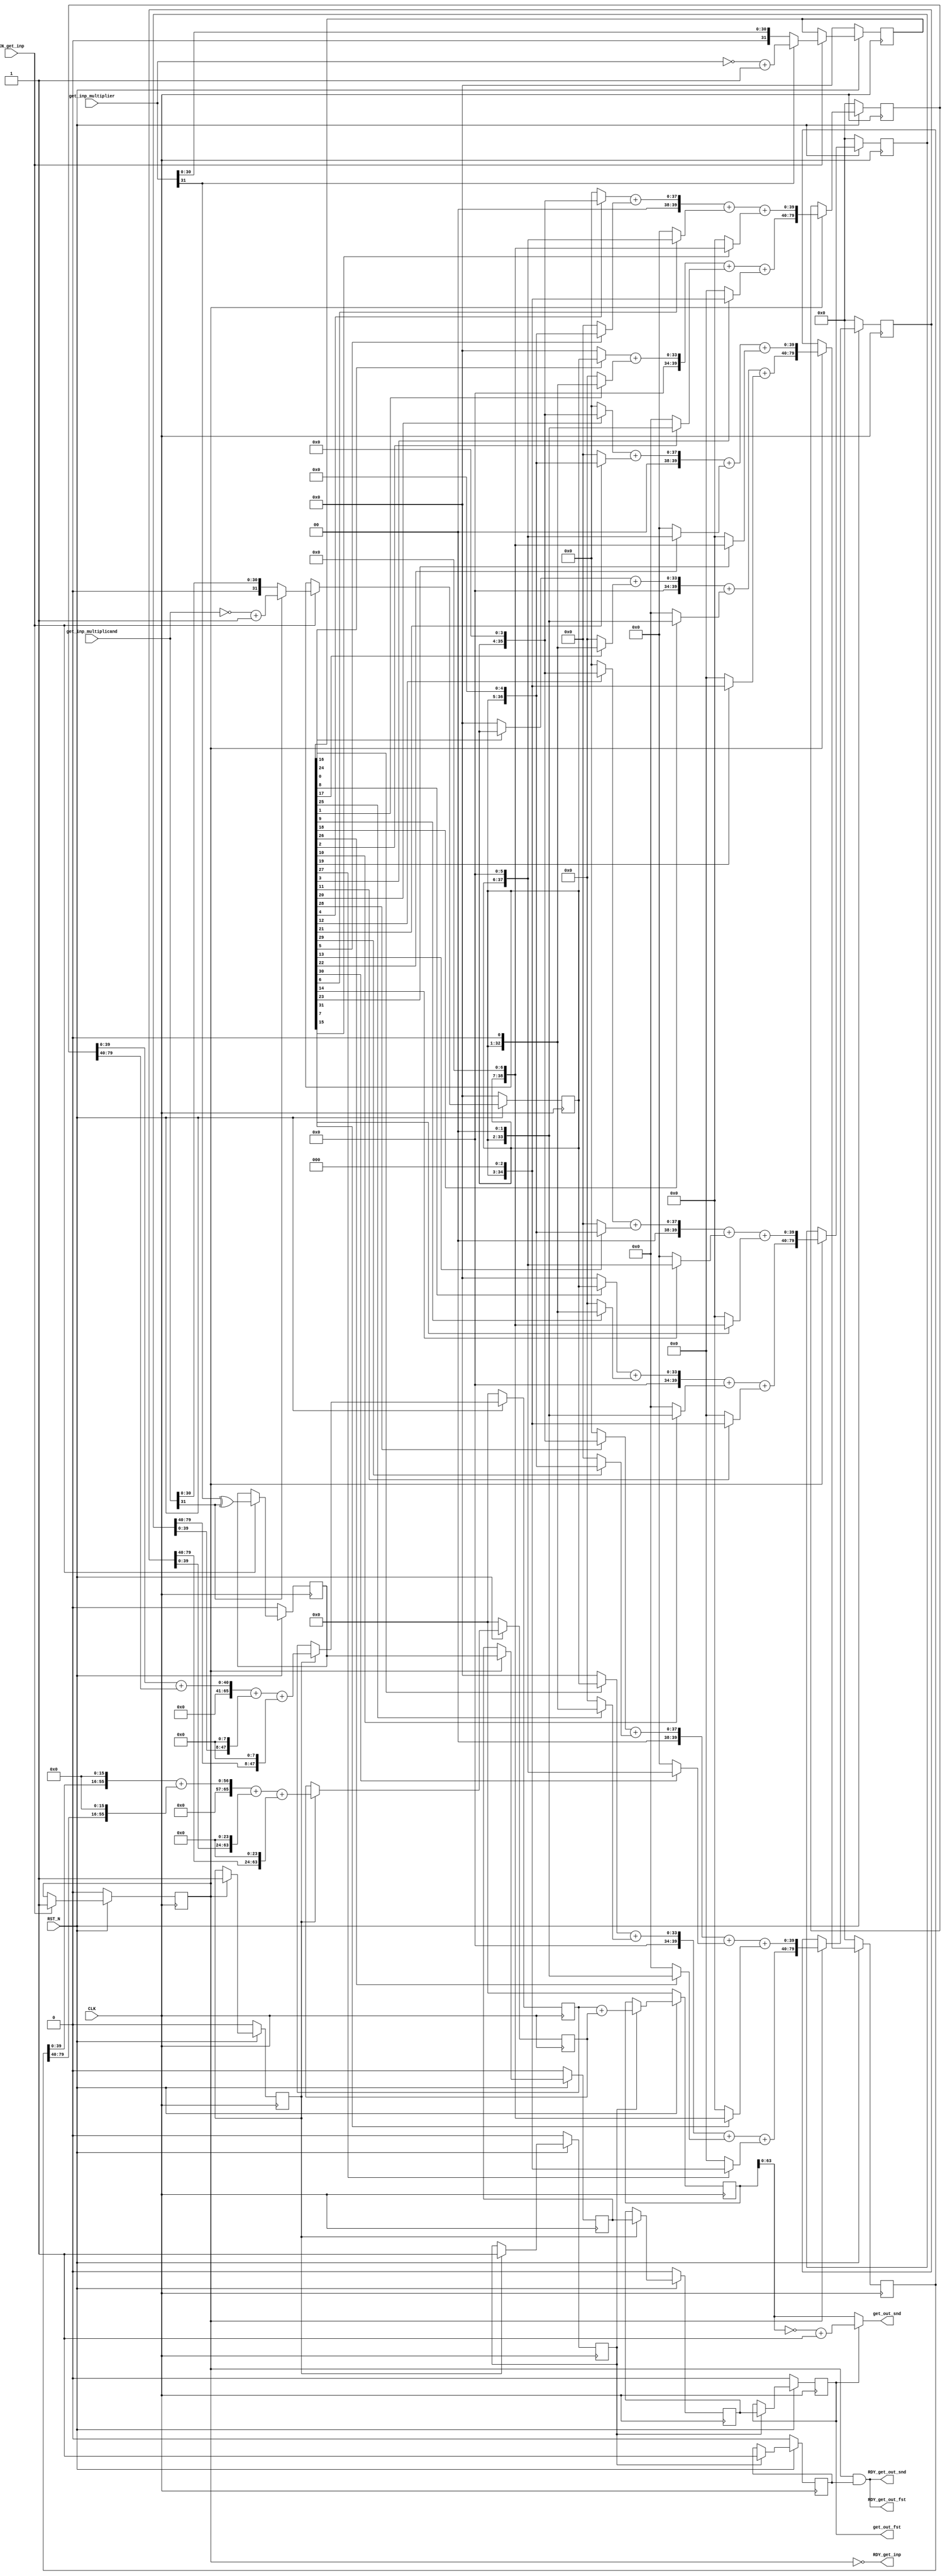
//
// Generated by Bluespec Compiler, version 2021.12.1 (build fd501401)
//
// On Fri Mar 22 11:32:22 IST 2024
//
//
// Ports:
// Name                         I/O  size props
// RDY_get_inp                    O     1
// get_out_fst                    O     1 reg
// RDY_get_out_fst                O     1
// get_out_snd                    O    64
// RDY_get_out_snd                O     1
// CLK                            I     1 clock
// RST_N                          I     1 reset
// get_inp_multiplicand           I    32
// get_inp_multiplier             I    32
// EN_get_inp                     I     1
//
// No combinational paths from inputs to outputs
//
//

`ifdef BSV_ASSIGNMENT_DELAY
`else
  `define BSV_ASSIGNMENT_DELAY
`endif

`ifdef BSV_POSITIVE_RESET
  `define BSV_RESET_VALUE 1'b1
  `define BSV_RESET_EDGE posedge
`else
  `define BSV_RESET_VALUE 1'b0
  `define BSV_RESET_EDGE negedge
`endif

module mk_Multiply(CLK,
		   RST_N,

		   get_inp_multiplicand,
		   get_inp_multiplier,
		   EN_get_inp,
		   RDY_get_inp,

		   get_out_fst,
		   RDY_get_out_fst,

		   get_out_snd,
		   RDY_get_out_snd);
  input  CLK;
  input  RST_N;

  // action method get_inp
  input  [31 : 0] get_inp_multiplicand;
  input  [31 : 0] get_inp_multiplier;
  input  EN_get_inp;
  output RDY_get_inp;

  // value method get_out_fst
  output get_out_fst;
  output RDY_get_out_fst;

  // value method get_out_snd
  output [63 : 0] get_out_snd;
  output RDY_get_out_snd;

  // signals for module outputs
  wire [63 : 0] get_out_snd;
  wire RDY_get_inp, RDY_get_out_fst, RDY_get_out_snd, get_out_fst;

  // register intermed_prod1
  reg [65 : 0] intermed_prod1;
  wire [65 : 0] intermed_prod1$D_IN;
  wire intermed_prod1$EN;

  // register intermed_prod2
  reg [65 : 0] intermed_prod2;
  wire [65 : 0] intermed_prod2$D_IN;
  wire intermed_prod2$EN;

  // register number1
  reg [31 : 0] number1;
  wire [31 : 0] number1$D_IN;
  wire number1$EN;

  // register number2
  reg [31 : 0] number2;
  wire [31 : 0] number2$D_IN;
  wire number2$EN;

  // register partial_prod0
  reg [79 : 0] partial_prod0;
  wire [79 : 0] partial_prod0$D_IN;
  wire partial_prod0$EN;

  // register partial_prod1
  reg [79 : 0] partial_prod1;
  wire [79 : 0] partial_prod1$D_IN;
  wire partial_prod1$EN;

  // register partial_prod2
  reg [79 : 0] partial_prod2;
  wire [79 : 0] partial_prod2$D_IN;
  wire partial_prod2$EN;

  // register partial_prod3
  reg [79 : 0] partial_prod3;
  wire [79 : 0] partial_prod3$D_IN;
  wire partial_prod3$EN;

  // register result
  reg [65 : 0] result;
  wire [65 : 0] result$D_IN;
  wire result$EN;

  // register sign
  reg sign;
  wire sign$D_IN, sign$EN;

  // register sign_rule1
  reg sign_rule1;
  wire sign_rule1$D_IN, sign_rule1$EN;

  // register sign_rule2
  reg sign_rule2;
  wire sign_rule2$D_IN, sign_rule2$EN;

  // register sign_rule3
  reg sign_rule3;
  wire sign_rule3$D_IN, sign_rule3$EN;

  // register status_stage1
  reg status_stage1;
  wire status_stage1$D_IN, status_stage1$EN;

  // register status_stage2
  reg status_stage2;
  wire status_stage2$D_IN, status_stage2$EN;

  // register status_stage3
  reg status_stage3;
  wire status_stage3$D_IN, status_stage3$EN;

  // register status_stage4
  reg status_stage4;
  wire status_stage4$D_IN, status_stage4$EN;

  // remaining internal signals
  wire [65 : 0] x__h1922,
		x__h1924,
		x__h1926,
		x__h2049,
		x__h2051,
		x__h2053,
		y__h1923,
		y__h1925,
		y__h1927,
		y__h2050,
		y__h2052,
		y__h2054;
  wire [63 : 0] out__h2457;
  wire [39 : 0] r__h1559,
		sm1__h1266,
		sm1__h1571,
		sm1__h641,
		sm1__h961,
		sm2__h1267,
		sm2__h1572,
		sm2__h642,
		sm2__h962,
		sm3__h1268,
		sm3__h1573,
		sm3__h643,
		sm3__h963,
		sm4__h1269,
		sm4__h1574,
		sm4__h644,
		sm4__h964,
		sm5__h1270,
		sm5__h1575,
		sm5__h645,
		sm5__h965,
		sm6__h1271,
		sm6__h1576,
		sm6__h646,
		sm6__h966,
		sm7__h1272,
		sm7__h1577,
		sm7__h647,
		sm7__h967,
		sm8__h1273,
		sm8__h1578,
		sm8__h648,
		sm8__h968,
		sum1_prime__h1274,
		sum1_prime__h1579,
		sum1_prime__h649,
		sum1_prime__h969,
		sum2_prime__h1275,
		sum2_prime__h1580,
		sum2_prime__h650,
		sum2_prime__h970,
		x__h1122,
		x__h1123,
		x__h1293,
		x__h1294,
		x__h1427,
		x__h1428,
		x__h1598,
		x__h1599,
		x__h1732,
		x__h1733,
		x__h668,
		x__h669,
		x__h819,
		x__h820,
		x__h988,
		x__h989;
  wire [31 : 0] op_partial_prod1__h2350, op_partial_prod2__h2405;

  // action method get_inp
  assign RDY_get_inp = !status_stage1 ;

  // value method get_out_fst
  assign get_out_fst = sign_rule3 ;
  assign RDY_get_out_fst = status_stage1 && status_stage4 ;

  // value method get_out_snd
  assign get_out_snd = sign_rule3 ? out__h2457 : result[63:0] ;
  assign RDY_get_out_snd = status_stage1 && status_stage4 ;

  // register intermed_prod1
  assign intermed_prod1$D_IN = x__h1922 + y__h1923 ;
  assign intermed_prod1$EN = status_stage2 ;

  // register intermed_prod2
  assign intermed_prod2$D_IN = x__h2049 + y__h2050 ;
  assign intermed_prod2$EN = status_stage2 ;

  // register number1
  assign number1$D_IN =
	     get_inp_multiplicand[31] ?
	       op_partial_prod1__h2350 :
	       get_inp_multiplicand ;
  assign number1$EN = EN_get_inp ;

  // register number2
  assign number2$D_IN =
	     get_inp_multiplier[31] ?
	       op_partial_prod2__h2405 :
	       get_inp_multiplier ;
  assign number2$EN = EN_get_inp ;

  // register partial_prod0
  assign partial_prod0$D_IN = { sum1_prime__h649, sum2_prime__h650 } ;
  assign partial_prod0$EN = status_stage1 ;

  // register partial_prod1
  assign partial_prod1$D_IN = { sum1_prime__h969, sum2_prime__h970 } ;
  assign partial_prod1$EN = status_stage1 ;

  // register partial_prod2
  assign partial_prod2$D_IN = { sum1_prime__h1274, sum2_prime__h1275 } ;
  assign partial_prod2$EN = status_stage1 ;

  // register partial_prod3
  assign partial_prod3$D_IN = { sum1_prime__h1579, sum2_prime__h1580 } ;
  assign partial_prod3$EN = status_stage1 ;

  // register result
  assign result$D_IN = intermed_prod1 + intermed_prod2 ;
  assign result$EN = status_stage3 ;

  // register sign
  assign sign$D_IN = get_inp_multiplier[31] ^ get_inp_multiplicand[31] ;
  assign sign$EN = EN_get_inp ;

  // register sign_rule1
  assign sign_rule1$D_IN = sign ;
  assign sign_rule1$EN = status_stage1 ;

  // register sign_rule2
  assign sign_rule2$D_IN = sign_rule1 ;
  assign sign_rule2$EN = status_stage2 ;

  // register sign_rule3
  assign sign_rule3$D_IN = sign_rule2 ;
  assign sign_rule3$EN = status_stage3 ;

  // register status_stage1
  assign status_stage1$D_IN = 1'd1 ;
  assign status_stage1$EN = EN_get_inp ;

  // register status_stage2
  assign status_stage2$D_IN = 1'd1 ;
  assign status_stage2$EN = status_stage1 ;

  // register status_stage3
  assign status_stage3$D_IN = 1'd1 ;
  assign status_stage3$EN = status_stage2 ;

  // register status_stage4
  assign status_stage4$D_IN = 1'd1 ;
  assign status_stage4$EN = status_stage3 ;

  // remaining internal signals
  assign op_partial_prod1__h2350 = ~get_inp_multiplicand + 32'd1 ;
  assign op_partial_prod2__h2405 = ~get_inp_multiplier + 32'd1 ;
  assign out__h2457 = ~result[63:0] + 64'd1 ;
  assign r__h1559 = { 8'd0, number1 } ;
  assign sm1__h1266 = number2[16] ? r__h1559 : 40'd0 ;
  assign sm1__h1571 = number2[24] ? r__h1559 : 40'd0 ;
  assign sm1__h641 = number2[0] ? r__h1559 : 40'd0 ;
  assign sm1__h961 = number2[8] ? r__h1559 : 40'd0 ;
  assign sm2__h1267 = number2[17] ? { 7'd0, number1, 1'd0 } : 40'd0 ;
  assign sm2__h1572 = number2[25] ? { 7'd0, number1, 1'd0 } : 40'd0 ;
  assign sm2__h642 = number2[1] ? { 7'd0, number1, 1'd0 } : 40'd0 ;
  assign sm2__h962 = number2[9] ? { 7'd0, number1, 1'd0 } : 40'd0 ;
  assign sm3__h1268 = number2[18] ? { 6'd0, number1, 2'd0 } : 40'd0 ;
  assign sm3__h1573 = number2[26] ? { 6'd0, number1, 2'd0 } : 40'd0 ;
  assign sm3__h643 = number2[2] ? { 6'd0, number1, 2'd0 } : 40'd0 ;
  assign sm3__h963 = number2[10] ? { 6'd0, number1, 2'd0 } : 40'd0 ;
  assign sm4__h1269 = number2[19] ? { 5'd0, number1, 3'd0 } : 40'd0 ;
  assign sm4__h1574 = number2[27] ? { 5'd0, number1, 3'd0 } : 40'd0 ;
  assign sm4__h644 = number2[3] ? { 5'd0, number1, 3'd0 } : 40'd0 ;
  assign sm4__h964 = number2[11] ? { 5'd0, number1, 3'd0 } : 40'd0 ;
  assign sm5__h1270 = number2[20] ? { 4'd0, number1, 4'd0 } : 40'd0 ;
  assign sm5__h1575 = number2[28] ? { 4'd0, number1, 4'd0 } : 40'd0 ;
  assign sm5__h645 = number2[4] ? { 4'd0, number1, 4'd0 } : 40'd0 ;
  assign sm5__h965 = number2[12] ? { 4'd0, number1, 4'd0 } : 40'd0 ;
  assign sm6__h1271 = number2[21] ? { 3'd0, number1, 5'd0 } : 40'd0 ;
  assign sm6__h1576 = number2[29] ? { 3'd0, number1, 5'd0 } : 40'd0 ;
  assign sm6__h646 = number2[5] ? { 3'd0, number1, 5'd0 } : 40'd0 ;
  assign sm6__h966 = number2[13] ? { 3'd0, number1, 5'd0 } : 40'd0 ;
  assign sm7__h1272 = number2[22] ? { 2'd0, number1, 6'd0 } : 40'd0 ;
  assign sm7__h1577 = number2[30] ? { 2'd0, number1, 6'd0 } : 40'd0 ;
  assign sm7__h647 = number2[6] ? { 2'd0, number1, 6'd0 } : 40'd0 ;
  assign sm7__h967 = number2[14] ? { 2'd0, number1, 6'd0 } : 40'd0 ;
  assign sm8__h1273 = number2[23] ? { 1'd0, number1, 7'd0 } : 40'd0 ;
  assign sm8__h1578 = number2[31] ? { 1'd0, number1, 7'd0 } : 40'd0 ;
  assign sm8__h648 = number2[7] ? { 1'd0, number1, 7'd0 } : 40'd0 ;
  assign sm8__h968 = number2[15] ? { 1'd0, number1, 7'd0 } : 40'd0 ;
  assign sum1_prime__h1274 = x__h1293 + sm4__h1269 ;
  assign sum1_prime__h1579 = x__h1598 + sm4__h1574 ;
  assign sum1_prime__h649 = x__h668 + sm4__h644 ;
  assign sum1_prime__h969 = x__h988 + sm4__h964 ;
  assign sum2_prime__h1275 = x__h1427 + sm8__h1273 ;
  assign sum2_prime__h1580 = x__h1732 + sm8__h1578 ;
  assign sum2_prime__h650 = x__h819 + sm8__h648 ;
  assign sum2_prime__h970 = x__h1122 + sm8__h968 ;
  assign x__h1122 = x__h1123 + sm7__h967 ;
  assign x__h1123 = sm5__h965 + sm6__h966 ;
  assign x__h1293 = x__h1294 + sm3__h1268 ;
  assign x__h1294 = sm1__h1266 + sm2__h1267 ;
  assign x__h1427 = x__h1428 + sm7__h1272 ;
  assign x__h1428 = sm5__h1270 + sm6__h1271 ;
  assign x__h1598 = x__h1599 + sm3__h1573 ;
  assign x__h1599 = sm1__h1571 + sm2__h1572 ;
  assign x__h1732 = x__h1733 + sm7__h1577 ;
  assign x__h1733 = sm5__h1575 + sm6__h1576 ;
  assign x__h1922 = x__h1924 + y__h1925 ;
  assign x__h1924 = x__h1926 + y__h1927 ;
  assign x__h1926 = { 26'd0, partial_prod0[39:0] } ;
  assign x__h2049 = x__h2051 + y__h2052 ;
  assign x__h2051 = x__h2053 + y__h2054 ;
  assign x__h2053 = { 10'd0, partial_prod2[39:0], 16'd0 } ;
  assign x__h668 = x__h669 + sm3__h643 ;
  assign x__h669 = sm1__h641 + sm2__h642 ;
  assign x__h819 = x__h820 + sm7__h647 ;
  assign x__h820 = sm5__h645 + sm6__h646 ;
  assign x__h988 = x__h989 + sm3__h963 ;
  assign x__h989 = sm1__h961 + sm2__h962 ;
  assign y__h1923 = { 18'd0, partial_prod1[79:40], 8'd0 } ;
  assign y__h1925 = { 18'd0, partial_prod1[39:0], 8'd0 } ;
  assign y__h1927 = { 26'd0, partial_prod0[79:40] } ;
  assign y__h2050 = { 2'd0, partial_prod3[79:40], 24'd0 } ;
  assign y__h2052 = { 2'd0, partial_prod3[39:0], 24'd0 } ;
  assign y__h2054 = { 10'd0, partial_prod2[79:40], 16'd0 } ;

  // handling of inlined registers

  always@(posedge CLK)
  begin
    if (RST_N == `BSV_RESET_VALUE)
      begin
        intermed_prod1 <= `BSV_ASSIGNMENT_DELAY 66'd0;
	intermed_prod2 <= `BSV_ASSIGNMENT_DELAY 66'd0;
	number1 <= `BSV_ASSIGNMENT_DELAY 32'd0;
	number2 <= `BSV_ASSIGNMENT_DELAY 32'd0;
	partial_prod0 <= `BSV_ASSIGNMENT_DELAY 80'd0;
	partial_prod1 <= `BSV_ASSIGNMENT_DELAY 80'd0;
	partial_prod2 <= `BSV_ASSIGNMENT_DELAY 80'd0;
	partial_prod3 <= `BSV_ASSIGNMENT_DELAY 80'd0;
	result <= `BSV_ASSIGNMENT_DELAY 66'd0;
	sign <= `BSV_ASSIGNMENT_DELAY 1'd0;
	sign_rule1 <= `BSV_ASSIGNMENT_DELAY 1'd0;
	sign_rule2 <= `BSV_ASSIGNMENT_DELAY 1'd0;
	sign_rule3 <= `BSV_ASSIGNMENT_DELAY 1'd0;
	status_stage1 <= `BSV_ASSIGNMENT_DELAY 1'd0;
	status_stage2 <= `BSV_ASSIGNMENT_DELAY 1'd0;
	status_stage3 <= `BSV_ASSIGNMENT_DELAY 1'd0;
	status_stage4 <= `BSV_ASSIGNMENT_DELAY 1'd0;
      end
    else
      begin
        if (intermed_prod1$EN)
	  intermed_prod1 <= `BSV_ASSIGNMENT_DELAY intermed_prod1$D_IN;
	if (intermed_prod2$EN)
	  intermed_prod2 <= `BSV_ASSIGNMENT_DELAY intermed_prod2$D_IN;
	if (number1$EN) number1 <= `BSV_ASSIGNMENT_DELAY number1$D_IN;
	if (number2$EN) number2 <= `BSV_ASSIGNMENT_DELAY number2$D_IN;
	if (partial_prod0$EN)
	  partial_prod0 <= `BSV_ASSIGNMENT_DELAY partial_prod0$D_IN;
	if (partial_prod1$EN)
	  partial_prod1 <= `BSV_ASSIGNMENT_DELAY partial_prod1$D_IN;
	if (partial_prod2$EN)
	  partial_prod2 <= `BSV_ASSIGNMENT_DELAY partial_prod2$D_IN;
	if (partial_prod3$EN)
	  partial_prod3 <= `BSV_ASSIGNMENT_DELAY partial_prod3$D_IN;
	if (result$EN) result <= `BSV_ASSIGNMENT_DELAY result$D_IN;
	if (sign$EN) sign <= `BSV_ASSIGNMENT_DELAY sign$D_IN;
	if (sign_rule1$EN)
	  sign_rule1 <= `BSV_ASSIGNMENT_DELAY sign_rule1$D_IN;
	if (sign_rule2$EN)
	  sign_rule2 <= `BSV_ASSIGNMENT_DELAY sign_rule2$D_IN;
	if (sign_rule3$EN)
	  sign_rule3 <= `BSV_ASSIGNMENT_DELAY sign_rule3$D_IN;
	if (status_stage1$EN)
	  status_stage1 <= `BSV_ASSIGNMENT_DELAY status_stage1$D_IN;
	if (status_stage2$EN)
	  status_stage2 <= `BSV_ASSIGNMENT_DELAY status_stage2$D_IN;
	if (status_stage3$EN)
	  status_stage3 <= `BSV_ASSIGNMENT_DELAY status_stage3$D_IN;
	if (status_stage4$EN)
	  status_stage4 <= `BSV_ASSIGNMENT_DELAY status_stage4$D_IN;
      end
  end

  // synopsys translate_off
  `ifdef BSV_NO_INITIAL_BLOCKS
  `else // not BSV_NO_INITIAL_BLOCKS
  initial
  begin
    intermed_prod1 = 66'h2AAAAAAAAAAAAAAAA;
    intermed_prod2 = 66'h2AAAAAAAAAAAAAAAA;
    number1 = 32'hAAAAAAAA;
    number2 = 32'hAAAAAAAA;
    partial_prod0 = 80'hAAAAAAAAAAAAAAAAAAAA;
    partial_prod1 = 80'hAAAAAAAAAAAAAAAAAAAA;
    partial_prod2 = 80'hAAAAAAAAAAAAAAAAAAAA;
    partial_prod3 = 80'hAAAAAAAAAAAAAAAAAAAA;
    result = 66'h2AAAAAAAAAAAAAAAA;
    sign = 1'h0;
    sign_rule1 = 1'h0;
    sign_rule2 = 1'h0;
    sign_rule3 = 1'h0;
    status_stage1 = 1'h0;
    status_stage2 = 1'h0;
    status_stage3 = 1'h0;
    status_stage4 = 1'h0;
  end
  `endif // BSV_NO_INITIAL_BLOCKS
  // synopsys translate_on
endmodule  // mk_Multiply